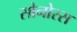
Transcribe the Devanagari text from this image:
सोनोरस